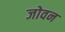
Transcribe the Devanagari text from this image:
जोवन